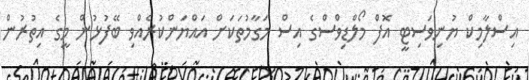
އިސްލާމިކް ޔުނިވަސިޓީ އޮފް މޯލްޑިވްސްގެ އިސް މަގާމުތަކަށް އައްޔަންކުރެއްވި ބޭފުޅުން މީގެ އިތުރުން